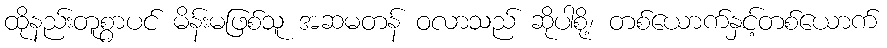
ထိုနည်းတူစွာပင် မိန်းမဖြစ်သူ အဆမတန် ဝလာသည် ဆိုပါစို့၊ တစ်ယောက်နှင့်တစ်ယောက်